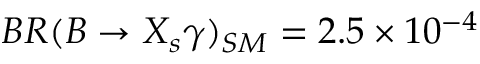
B R ( B \to X _ { s } \gamma ) _ { S M } = 2 . 5 \times 1 0 ^ { - 4 }